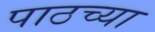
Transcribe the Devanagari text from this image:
पाठच्या